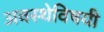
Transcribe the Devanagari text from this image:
अवस्थेविषयी